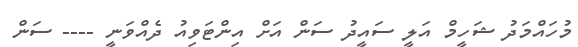
މުހައްމަދު ޝަހީމް އަލީ ސައީދު ސަން އަށް އިންޓަވިއު ދެއްވަނީ ---- ސަން